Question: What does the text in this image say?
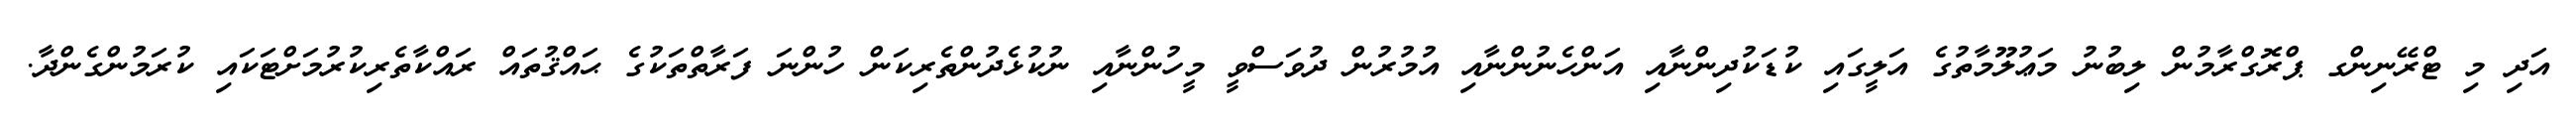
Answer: އަދި މި ޓްރޭނިންގ ޕްރޮގްރާމުން ލިބުނު މަޢުލޫމާތުގެ އަލީގައި ކުޑަކުދިންނާއި އަންހެނުންނާއި އުމުރުން ދުވަސްވީ މީހުންނާއި ނުކުޅެދުންތެރިކަން ހުންނަ ފަރާތްތަކުގެ ޙައްޤުތައް ރައްކާތެރިކުރުމަށްޓަކައި ކުރަމުންގެންދާ.